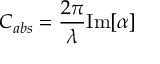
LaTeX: C _ { a b s } = { \frac { 2 \pi } { \lambda } } { \mathrm { I m } } [ \alpha ]